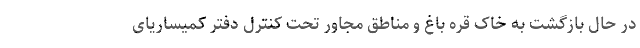
در حال بازگشت به خاک قره باغ و مناطق مجاور تحت کنترل دفتر کمیساریای